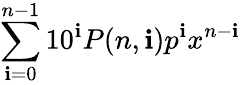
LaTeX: \sum_{\mathbf{i}=0}^{n-1}10^{\mathbf{i}}P(n,\mathbf{i})p^{\mathbf{i}}x^{n-\mathbf{i}}